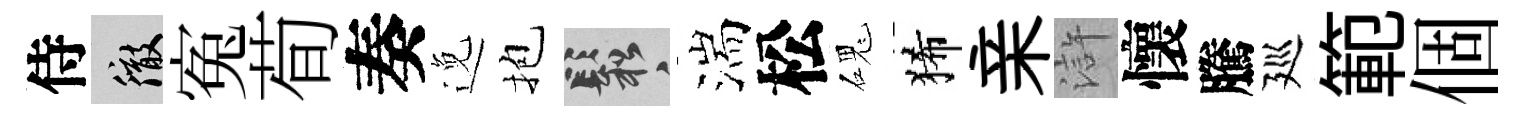
侍徹寃荀奏𨓜抱鬆湍松磈狶亲滸懷騰廵範個